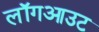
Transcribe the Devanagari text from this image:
लॉगआउट